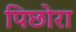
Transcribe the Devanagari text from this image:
पिछोरा